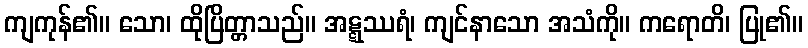
ကျကုန်၏။ သော၊ ထိုပြိတ္တာသည်။ အဋ္ဋဿရံ၊ ကျင်နာသော အသံကို။ ကရောတိ၊ ပြု၏။